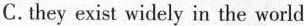
C. they exist widely in the world